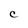
Character: C